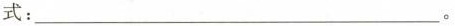
式：___。